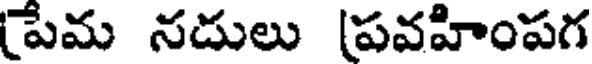
[పేమ నదులు [పవహింపగ